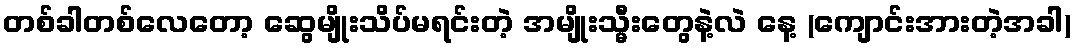
တစ်ခါတစ်လေတော့ ဆွေမျိုးသိပ်မရင်းတဲ့ အမျိုးသ္မီးတွေနဲ့လဲ နေ့ (ကျောင်းအားတဲ့အခါ)